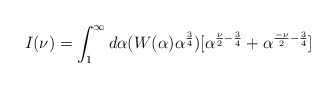
\begin{align*}I(\nu)=\int_{1}^{\infty}d\alpha(W(\alpha)\alpha^\frac{3}{4})[\alpha^{\frac{\nu}{2}-\frac{3}{4}}+\alpha^{\frac{-\nu}{2}-\frac{3}{4}}]\end{align*}